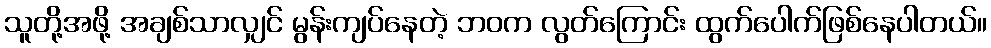
သူတို့အဖို့ အချစ်သာလျှင် မွန်းကျပ်နေတဲ့ ဘဝက လွတ်ကြောင်း ထွက်ပေါက်ဖြစ်နေပါတယ်။